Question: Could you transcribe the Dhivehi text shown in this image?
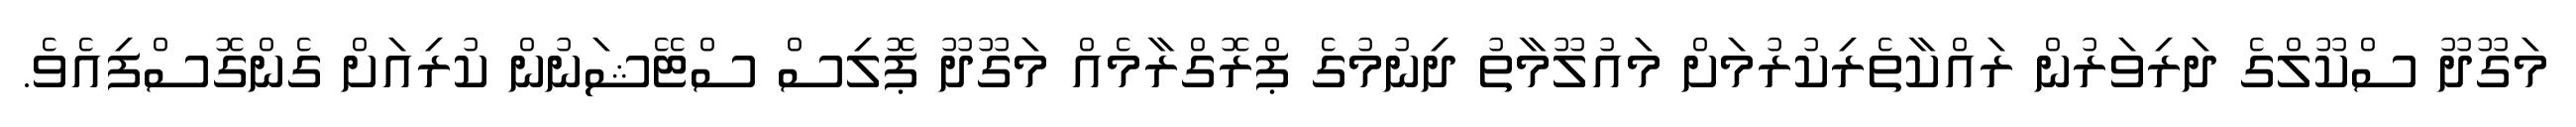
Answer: މަގޫދޫ ސްކޫލްގެ ދަރިވަރުން ރައްކާތެރިކުރުމަށް މައުލޫމާތު ދިނުމުގެ ޕްރޮގްރާމެއް މަގޫދޫ ޕޮލިސް ސްޓޭޝަނުން ކުރިއަށް ގެންގޮސްފިއެވެ.